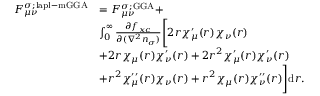
\begin{array} { r l } { F _ { \mu \nu } ^ { \sigma ; \mathrm { l a p l - m G G A } } } & { = F _ { \mu \nu } ^ { \sigma ; \mathrm { G G A } } + } \\ & { \int _ { 0 } ^ { \infty } \frac { \partial f _ { x c } } { \partial ( \nabla ^ { 2 } n _ { \sigma } ) } \Bigg [ 2 r \chi _ { \mu } ^ { \prime } ( r ) \chi _ { \nu } ( r ) } \\ & { + 2 r \chi _ { \mu } ( r ) \chi _ { \nu } ^ { \prime } ( r ) + 2 r ^ { 2 } \chi _ { \mu } ^ { \prime } ( r ) \chi _ { \nu } ^ { \prime } ( r ) } \\ & { + r ^ { 2 } \chi _ { \mu } ^ { \prime \prime } ( r ) \chi _ { \nu } ( r ) + r ^ { 2 } \chi _ { \mu } ( r ) \chi _ { \nu } ^ { \prime \prime } ( r ) \Bigg ] \mathrm { d } r . } \end{array}